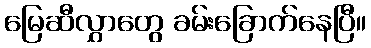
မြေဆီလွှာတွေ ခမ်းခြောက်နေပြီ။